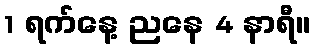
1 ရက်နေ့ ညနေ 4 နာရီ။